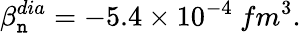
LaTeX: \beta_{\mathtt{n}}^{dia}=-5.4\times10^{-4}~fm^{3}.